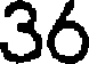
36